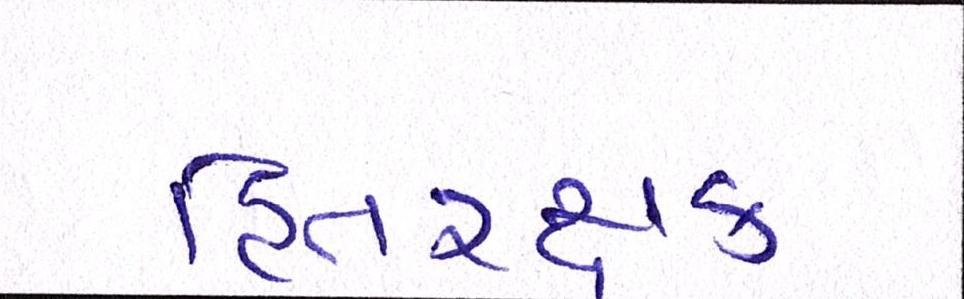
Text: હિતરક્ષક